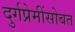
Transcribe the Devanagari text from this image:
दुर्गप्रेमींसोबत